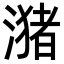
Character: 潴